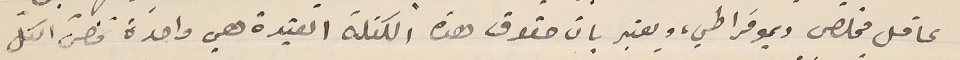
عاقل مخلص وديموقراطي، ويعتبر بان حقوق هذه الكتلة العتيدة هي واحدة فانّ الكلّ